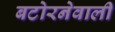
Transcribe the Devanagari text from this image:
बटोरनेवाली